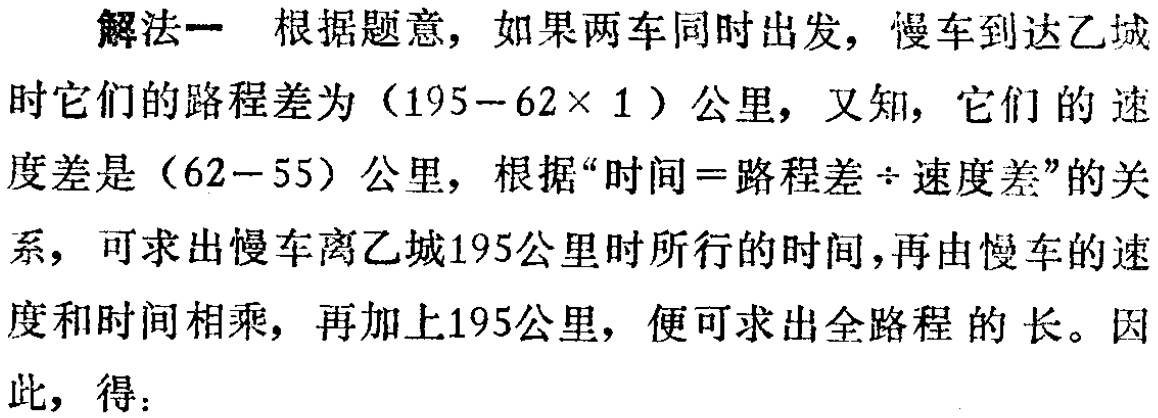
解法一 根据题意，如果两车同时出发，慢车到达乙城

时它们的路程差为（\(195 - 62\times 1\)）公里，又知，它们的速

度差是（\(62 - 55\)）公里，根据“时间 \(=\)路程差 \(\div\)速度差”的关

系，可求出慢车离乙城\(195\)公里时所行的时间，再由慢车的速

度和时间相乘，再加上\(195\)公里，便可求出全路程 的长。因

此，得：